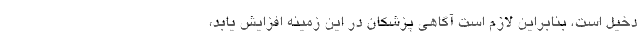
دخیل است، بنابراین لازم است آگاهی پزشکان در این زمینه افزایش یابد،